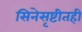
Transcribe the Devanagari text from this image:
सिनेसृष्टीतही